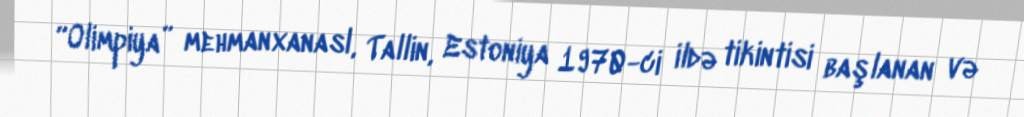
“Olimpiya” mehmanxanasl, Tallin, Estoniya 1970-ci ildə tikintisi başlanan və